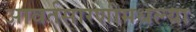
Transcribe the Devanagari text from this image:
आवर्तसारणीमधल्या